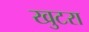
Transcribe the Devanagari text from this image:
खुटरा